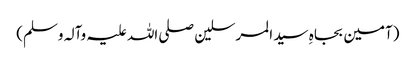
(آمین بجاہِ سید المرسلین صلی اللہ علیہ وآلہ وسلم)